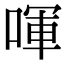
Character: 喗